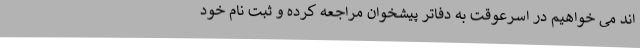
اند می خواهیم در اسرعوقت به دفاتر پیشخوان مراجعه کرده و ثبت نام خود